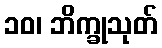
၁၀၊ ဘိက္ခုသုတ်